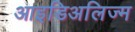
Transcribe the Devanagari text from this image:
आइडिअलिज्म